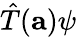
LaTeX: {\hat{T}}(\mathbf{a})\psi